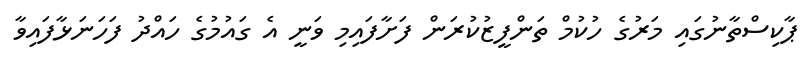
ޕާކިސްތާނުގައި މަރުގެ ހުކުމް ތަންފީޒުކުރަން ފަށާފައިމި ވަނީ އެ ގައުމުގެ ހައްދު ފަހަނަޅާފައިވާ